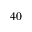
4 0